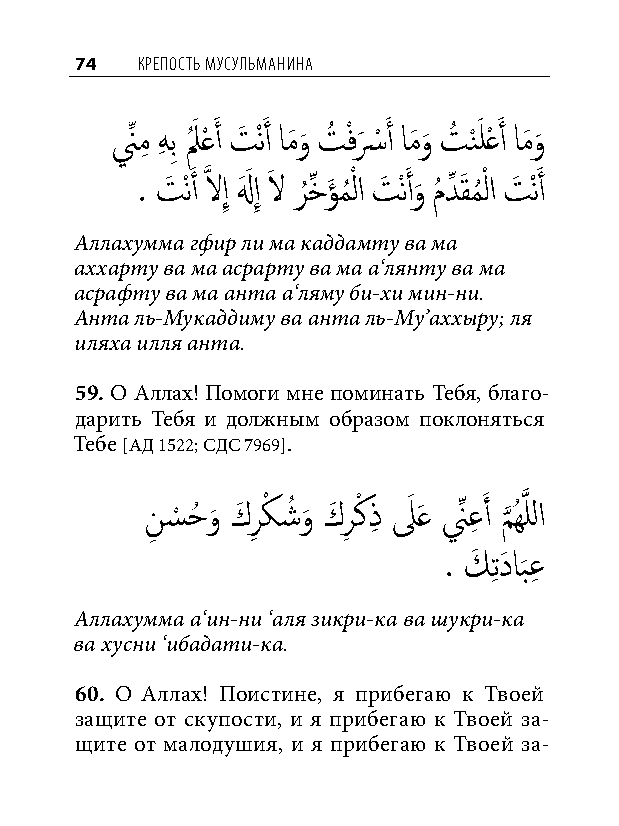
74  КреПость мусульманина
 نِّ مِ هِ بِ لَُ عْ َ أ تَ ْنَ أ امَو َ تُ ْفسَ ْ َ أ امَو َ تُ نْ َ لعْ َ أ امَو َ
 . تَ ْنَ أ َّذ لاإِ لهَ َ إِ لاَ ر
 ُ
 خِّ ؤَ مُ ْ لا تَ ْنَ أو
 َ
 مُ دِّ َقمُ ْ لا تَ ْنَ أ
 Аллахумма гфир ли ма каддамту ва ма
 аххарту ва ма асрарту ва ма а‘лянту ва ма
 асрафту ва ма анта а‘ляму би-хи мин-ни.
 Анта ль-Мукаддиму ва анта ль-Му’аххыру; ля
 иляха илля анта.
 59. О Аллах! Помоги мне поминать Тебя, благо-
 дарить Тебя и должным образом поклоняться
 Тебе [АД 1522; СДС 7969].
 نِ س
 ْ
 حُ و
 َ
 كَ رِ كْ شُ و
 َ
 كَ رِ كْ ذِ لَ َع نِّ عِ َ أ م
 َّذ
 ُهَّذ للا
 . كَ تِ دَ ابعِ
 َ
 Аллахумма а‘ин-ни ‘аля зикри-ка ва шукри-ка
 ва хусни ‘ибадати-ка.
 60. О Аллах! Поистине, я прибегаю к Твоей
 защите от скупости, и я прибегаю к Твоей за-
 щите от малодушия, и я прибегаю к Твоей за-